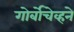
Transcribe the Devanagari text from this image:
गोर्बोचेव्हने